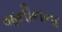
જનીનના